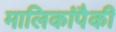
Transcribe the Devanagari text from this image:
मालिकांपैकी